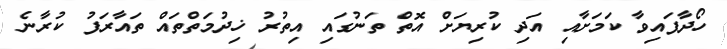
ހޯދާފައިވާ ކަމަށާއި އަދި ކުރިޔަށް އޮތް ތަނުގައި އިތުރު ޚިދުމަތްތައް ތައާރަފު ކުރާނެ